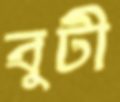
বুটী